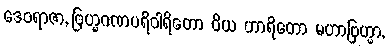
ဒေဝရာဇာ, ဗြဟ္မဂဏပရိဝါရိတော ဝိယ ဟာရိတော မဟာဗြဟ္မာ,